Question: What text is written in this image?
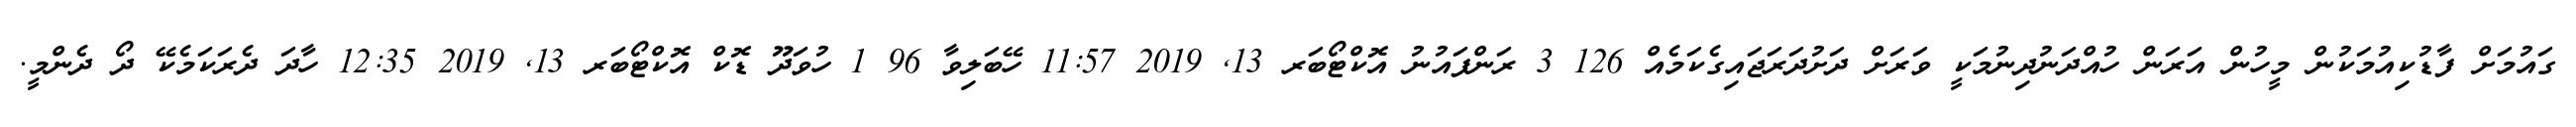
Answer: ގައުމަށް ފާޑުކިއުމަކުން މީހުން އަރަން ހުއްދަނުދިނުމަކީ ވަރަށް ދަށުދަރަޖައިގެކަމެއް 126 3 ރަންފައުނު އޮކްޓޯބަރ 13, 2019 11:57 ހޭބަލިވާ 96 1 ހުވަދޫ ޑޮކް އޮކްޓޯބަރ 13, 2019 12:35 ހާދަ ދެރަކަމެކޭ ދޯ ދެންމީ.